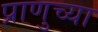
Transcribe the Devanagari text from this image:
प्राणुच्या